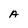
Character: A